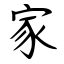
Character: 家